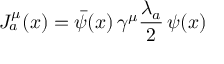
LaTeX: J _ { a } ^ { \mu } ( x ) = \bar { \psi } ( x ) \, \gamma ^ { \mu } \frac { \lambda _ { a } } 2 \, \psi ( x )